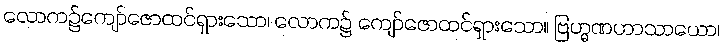
လောက၌ကျော်ဇောထင်ရှားသော၊ လောက၌ ကျော်ဇောထင်ရှားသော။ ဗြဟ္မဏဟာသာယော၊